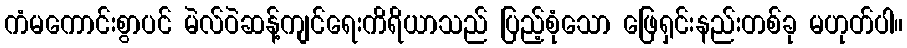
ကံမကောင်းစွာပင် မဲလ်ဝဲဆန့်ကျင်ရေးကိရိယာသည် ပြည့်စုံသော ဖြေရှင်းနည်းတစ်ခု မဟုတ်ပါ။